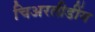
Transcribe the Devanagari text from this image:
चिअरलीडींग